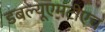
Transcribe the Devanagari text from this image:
डबल्यूएमटीएच